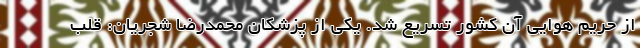
از حریم هوایی آن کشور تسریع شد. یکی از پزشکان محمدرضا شجریان: قلب